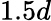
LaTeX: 1.5d